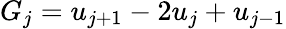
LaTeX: G_{j}=u_{j+1}-2u_{j}+u_{j-1}